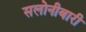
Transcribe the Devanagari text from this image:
सलोनीबारी